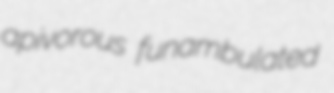
apivorous funambulated